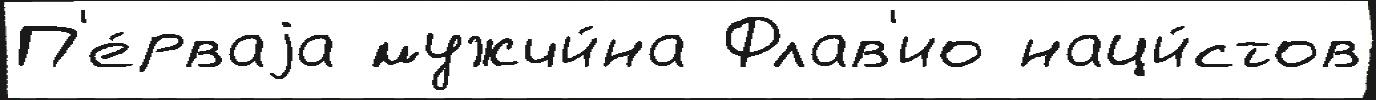
П'е́рваjа мужчи́на Флав'ио наци́стов